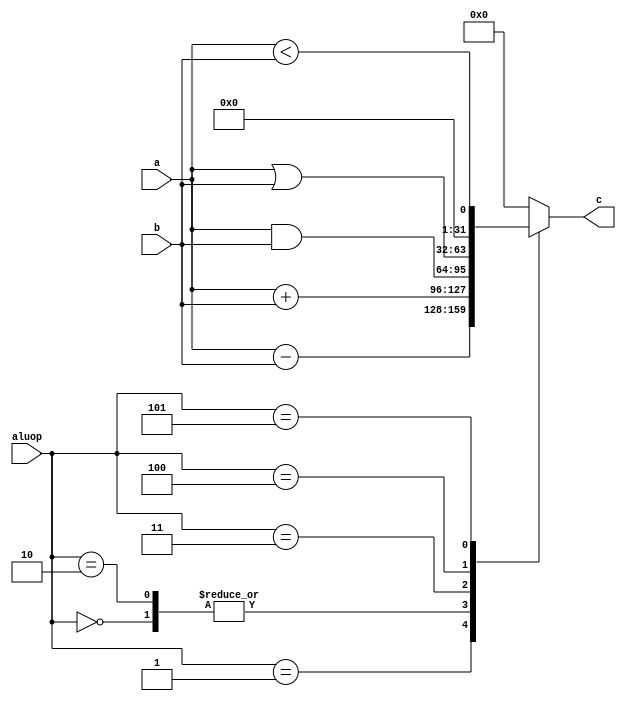
module alu(c,a,b,aluop);

output reg[31:0] c;
input [31:0] a;
input [31:0] b;
input [3:0] aluop;

initial
	begin
		c=0;
	end

//addusubuaddandorslt

always@(a,b,aluop)
	case(aluop)
	4'b0000://addu
		c<=$unsigned(a)+$unsigned(b);
	4'b0001://subu
		c<=$unsigned(a)-$unsigned(b);
	4'b0010://add
		c<=a+b;
	4'b0011://and
		c<=a&b;
	4'b0100://or
		c<=a|b;
	4'b0101://slt 
		c<=$signed(a)<$signed(b);
	default:c<=0;
	endcase

endmodule